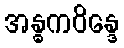
အန္ဓကဝိန္ဒေ